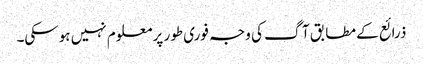
ذرائع کے مطابق آگ کی وجہ فوری طور پر معلوم نہیں ہوسکی۔